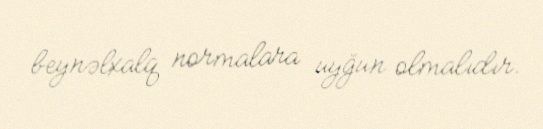
beynəlxalq normalara uyğun olmalıdır.